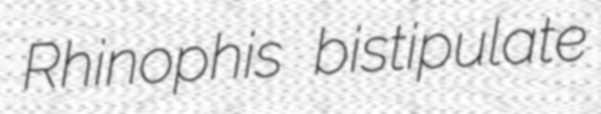
Rhinophis bistipulate